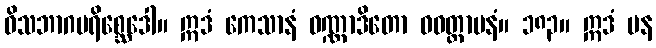
ဝိသဘာဂပရိစ္ဆေဒေါ။ ဣဒံ ကေသာနံ ဝဏ္ဏာဒိတော ဝဝတ္ထာပနံ။ ၁၈၃။ ဣဒံ ပန